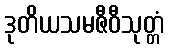
ဒုတိယသမဇီဝီသုတ္တံ